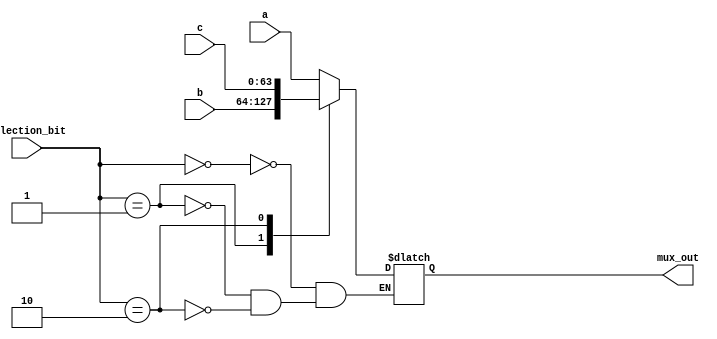
`timescale 1ns / 1ps

module mux_3to1(
    input[63:0] a,
    input[63:0] b,
    input[63:0] c,
    input [1:0] selection_bit,
    output reg [63:0] mux_out
    );
    always @(*)
        begin
          case(selection_bit)
            2'b00: mux_out = a;
            2'b01: mux_out = b;
            2'b10: mux_out = c;
          endcase
        end
endmodule